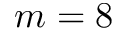
m = 8